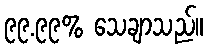
၉၉.၉၉% သေချာသည်။